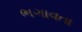
ભગાવતા